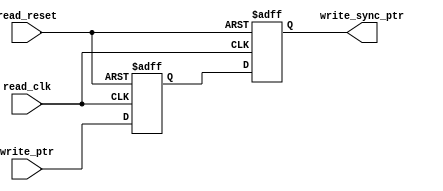
module write_to_read_sync#(parameter ADDR_SIZE=4)(write_ptr,read_clk,read_reset,write_sync_ptr);

input[ADDR_SIZE:0] write_ptr;
input read_clk,read_reset;
output reg[ADDR_SIZE:0] write_sync_ptr;

reg[ADDR_SIZE:0]ptr_1;

always@(posedge read_clk or negedge read_reset)
	if(!read_reset)
		{write_sync_ptr,ptr_1}<=0;
	else	
		{write_sync_ptr,ptr_1}<={ptr_1,write_ptr};
	
endmodule